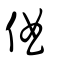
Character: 㑋